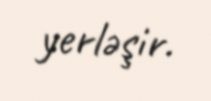
yerləşir.